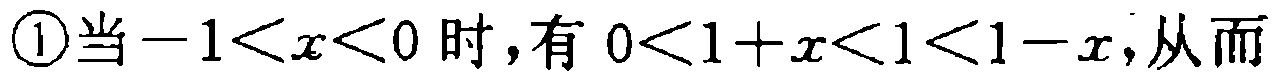
\textcircled{1}当\(-1<x<0\)时，有\(0<1 + x<1<1 - x\)，从而